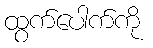
ထွက်ပေါက်ကို